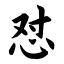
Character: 怼